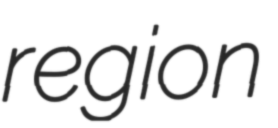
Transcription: region